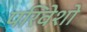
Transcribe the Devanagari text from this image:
परिवेशो